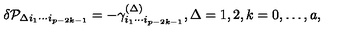
\delta { \cal P } _ { \Delta i _ { 1 } \cdots i _ { p - 2 k - 1 } } = - \gamma _ { i _ { 1 } \cdots i _ { p - 2 k - 1 } } ^ { ( \Delta ) } , \Delta = 1 , 2 , k = 0 , \ldots , a ,